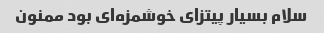
سلام بسیار پیتزای خوشمزه‌ای بود ممنون